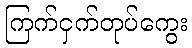
ကြက်ငှက်တုပ်ကွေး